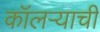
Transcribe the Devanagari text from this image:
कॉलऱ्याची